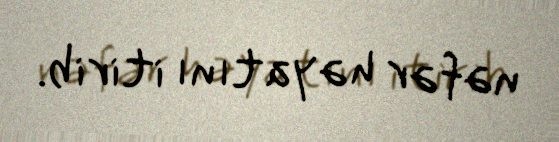
nəfər həyatını itirib.